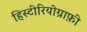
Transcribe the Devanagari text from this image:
हिस्टीरियोग्राफ़ी